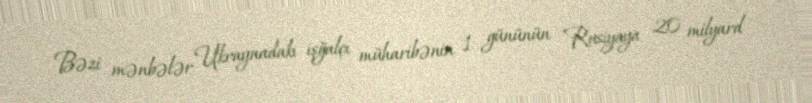
Bəzi mənbələr Ukraynadakı işğalçı müharibənin 1 gününün Rusiyaya 20 milyard